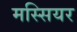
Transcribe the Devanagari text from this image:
मस्सियर